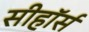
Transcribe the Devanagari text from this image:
सीहॉर्स